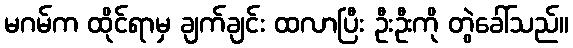
မဂမ်က ထိုင်ရာမှ ချက်ချင်း ထလာပြီး ဦးဦးကို တွဲခေါ်သည်။